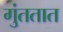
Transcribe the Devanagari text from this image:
गुंततात